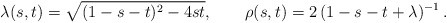
\begin{align*}\lambda(s,t) = \sqrt{(1-s-t)^2-4st}, \qquad \rho(s,t) = 2\,(1-s-t+\lambda)^{-1} \, .\end{align*}